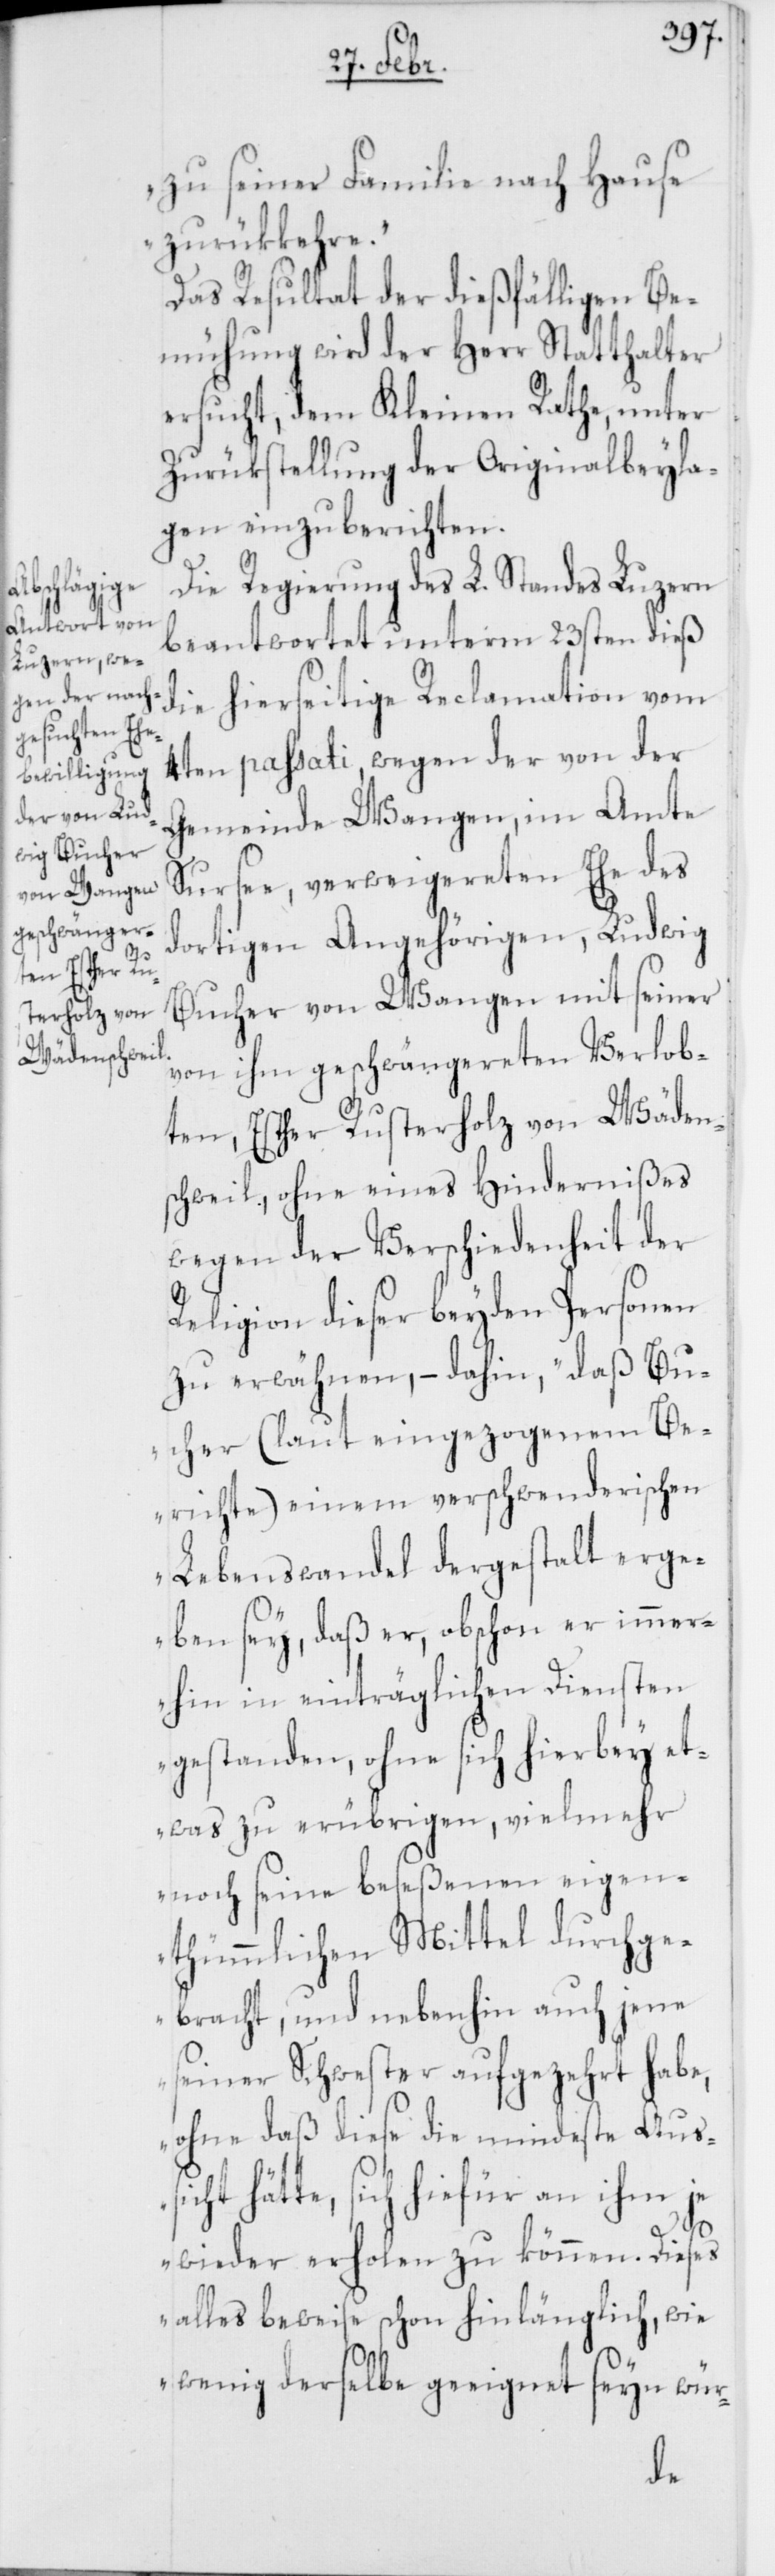
sicht hä¬

zu seiner Familie nach Hause
zurükkehre.“
Das Resultat der dießfälligen Be¬
mühung wird der Herr Statthalter
ersucht, dem Kleinen Rathe, unter
Zurükstellung der Originalbeyla¬
gen einzuberichten.
Die Regierung des L. Standes Luzern
beantwortet unterm 23sten dieß
die hierseitige Reclamation vom
4ten passati, wegen der von der
Gemeinde Wangen, im Amte
Sursee, verweigerten Ehe des
dortigen Angehörigen, Ludwig
Bucher von Wangen mit seiner
von ihm geschwängereten Verlob¬
ten, Esther Rusterholz von Wäden¬
schweil, ohne eines Hindernißes
wegen der Verschiedenheit der
Religion dieser beyden Personen
zu erwähnen, – dahin, „daß Bu¬
cher (laut eingezogenem Be¬
richte) einem verschwenderischen
Lebenswandel dergestalt erge¬
ben sey, daß er, obschon er immer¬
hin in einträglichen Diensten
gestanden, ohne sich hierbey et¬
was zu erübrigen, vielmehr
noch seine beseßenen eigen¬
thümmlichen Mittel durchge¬
bracht, und nebenhin auch jene
seiner Schwester aufgezehrt habe,
ohne daß diese die mindeste Aus¬
tte, sich hiefür an ihm je
wieder erholen zu können. Dieses
alles beweise schon hinlänglich, wie
wenig derselbe geeignet seyn wür-